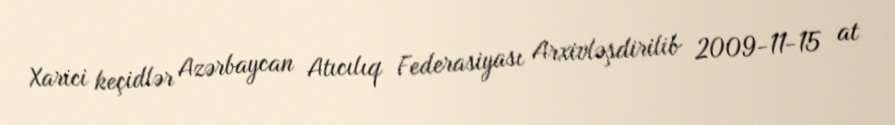
Xarici keçidlər Azərbaycan Atıcılıq Federasiyası Arxivləşdirilib 2009-11-15 at